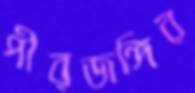
পীরজঙ্গির